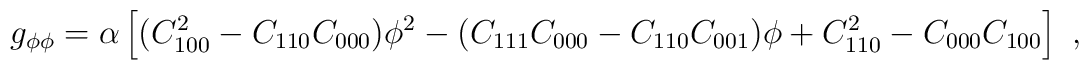
g_{\phi\phi} = \alpha \left[(C_{100}^2- C_{110} C_{000})\phi^2 -(C_{111}  C_{000} - C_{110} C_{001}) \phi + C_{110} ^2 - C_{000} C_{100}\right] \ ,